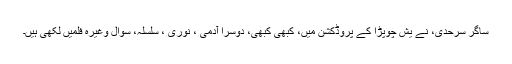
ساگر سرحدی، نے یش چوپڑا کے پروڈکشن میں، کبھی کبھی، دوسرا آدمی ، نوری ، سلسلہ، سوال وغیرہ فلمیں لکھی ہیں۔